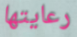
رعايتها